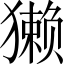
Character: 獭